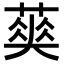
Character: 𦹬